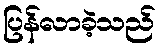
ပြန်လာခဲ့သည်